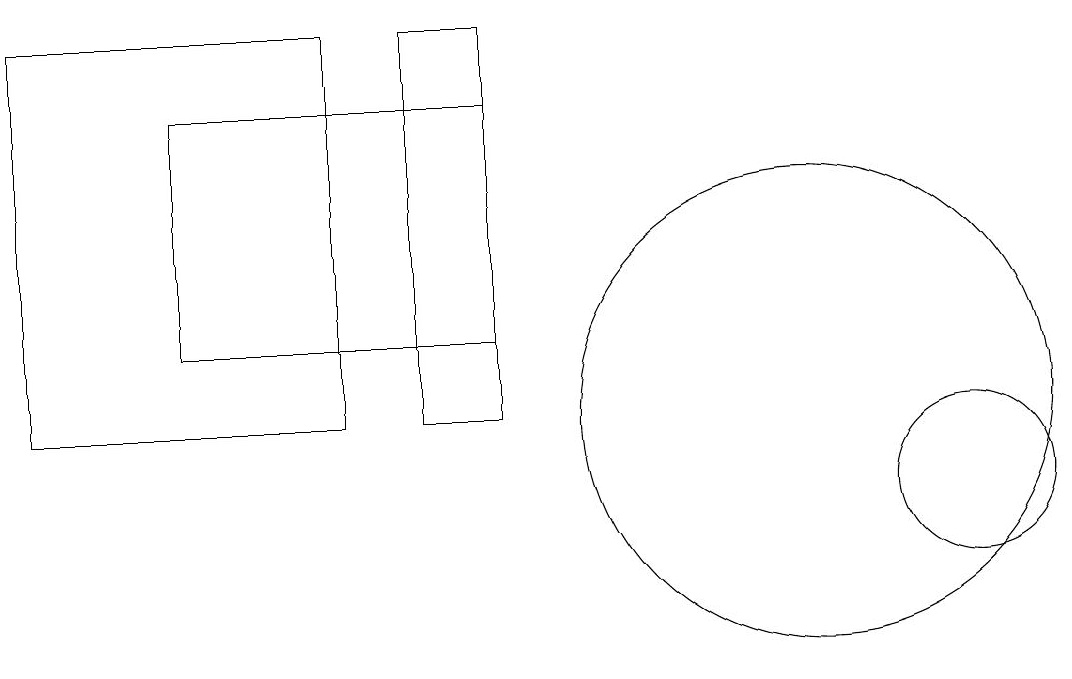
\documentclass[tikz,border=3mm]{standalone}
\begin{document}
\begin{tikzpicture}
\draw (4,16) rectangle (0,11);
\draw (5,16) rectangle (6,11);
\draw (12,10) circle (1);
\draw (2,12) rectangle (6,15);
\draw (10,11) circle (3);
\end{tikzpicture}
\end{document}